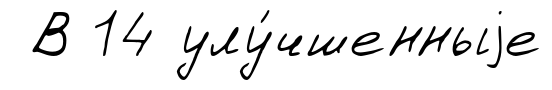
В 14 улу́чшенныjе